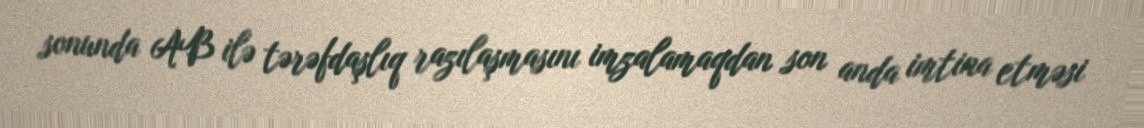
sonunda AB ilə tərəfdaşlıq razılaşmasını imzalamaqdan son anda imtina etməsi